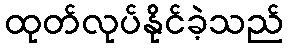
ထုတ်လုပ်နိုင်ခဲ့သည်